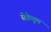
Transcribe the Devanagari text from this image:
सेक्रेतुम